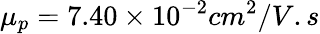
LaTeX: \mu_{p}=7.40\times 10^{-2}cm^{2}/V.s